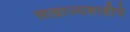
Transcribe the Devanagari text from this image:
साम्राज्यशाहीचे